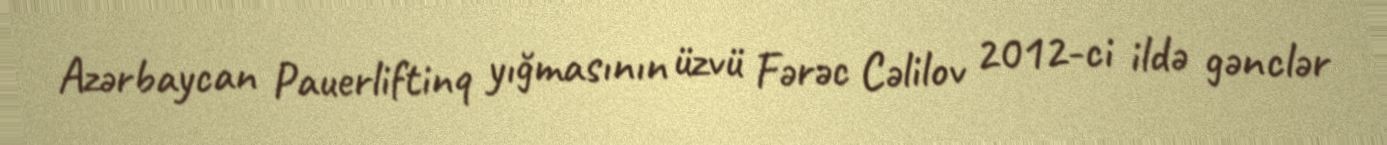
Azərbaycan Pauerliftinq yığmasının üzvü Fərəc Cəlilov 2012-ci ildə gənclər